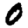
Digit: 0